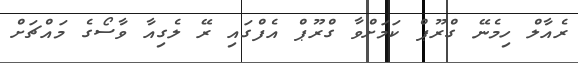
ރެއާލް ހިމެނޭ ގްރޫޕް ކަމަށްވާ ގްރޫޕް އެފްގައި ރޭ ލެގިއާ ވާސޯގެ މައްޗަށް